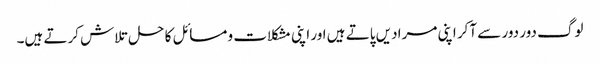
لوگ دور دور سے آکر اپنی مرادیں پاتے ہیں اور اپنی مشکلات و مسائل کا حل تلاش کرتے ہیں۔